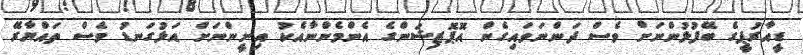
ޑީއާރުޕީގެ ބޭފުޅުންނަށް ވެސް ދަންނަވައިގެން އޮޕޮޒިޝަންގެ އެންމެންނާއެކު އިށީންނަށް އަޅުގަނޑު ވެސް ތައްޔާރޭ